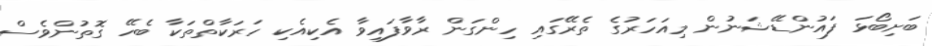
ބަށިބޯޅަ ފައުންޑޭޝަނުން މިއަހަރުގެ ތެރޭގައި ހިންގަން ރާވާފައިވާ އެކިއެކި ހަރަކާތްތަކާ ބެހޭ ގޮތުންވެސް